Vaccination in the Punjab 1905-1918 - 1905-1918
Year: 1905
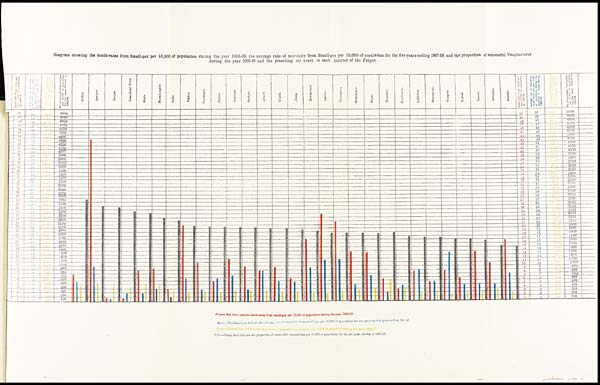
Diagram showing the death-rates from Small-pox per 10,000 of population during the year 1908-09, the average rate of mortality from Small-pox per 10,000 of population for the five years ending 1907-08 and the proportion of successful Vaccinations
during the year 1908-09 and the preceding six years in each District of the Punjab.